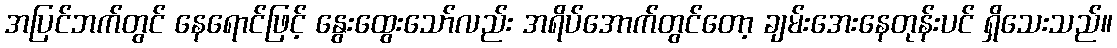
အပြင်ဘက်တွင် နေရောင်ဖြင့် နွေးထွေးသော်လည်း အရိပ်အောက်တွင်တော့ ချမ်းအေးနေတုန်းပင် ရှိသေးသည်။